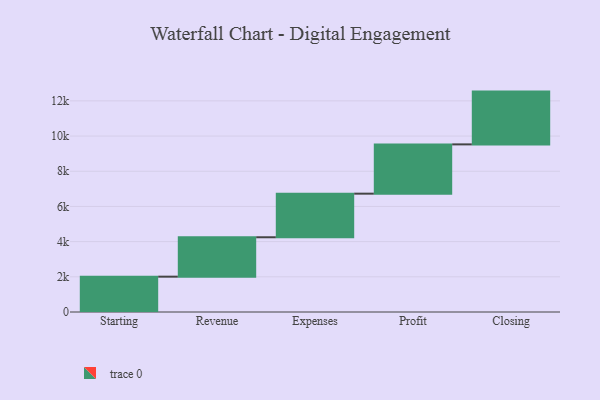
{"axis": {"x": "Step", "y": "Value"}, "legend": [""], "data": [{"x": "Starting", "y": 2008.0, "type": ""}, {"x": "Revenue", "y": 2240.0, "type": ""}, {"x": "Expenses", "y": 2478.0, "type": ""}, {"x": "Profit", "y": 2801.0, "type": ""}, {"x": "Closing", "y": 3000, "type": ""}]}